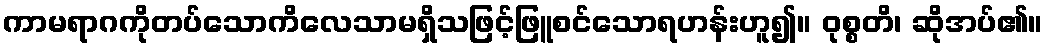
ကာမရာဂကိုတပ်သောကိလေသာမရှိသဖြင့်ဖြူစင်သောရဟန်းဟူ၍။ ဝုစ္စတိ၊ ဆိုအပ်၏။